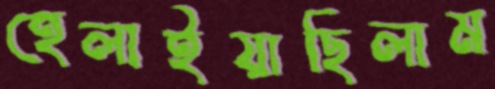
হেলাইয়াছিলাম